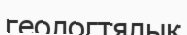
геологтялық